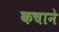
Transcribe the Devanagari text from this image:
कचाने